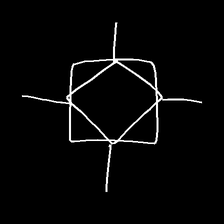
Glyph: light